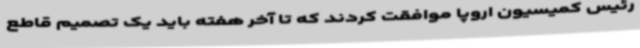
رئیس کمیسیون اروپا موافقت کردند که تا آخر هفته باید یک تصمیم قاطع